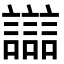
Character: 𧭛